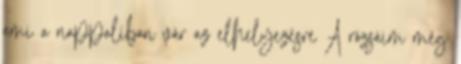
ami a nappaliban vár az elhelyezésre A rózsáim még